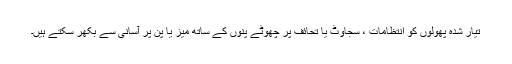
تیار شدہ پھولوں کو انتظامات ، سجاوٹ یا تحائف پر چھوٹے پنوں کے ساتھ میز یا پن پر آسانی سے بکھر سکتے ہیں۔